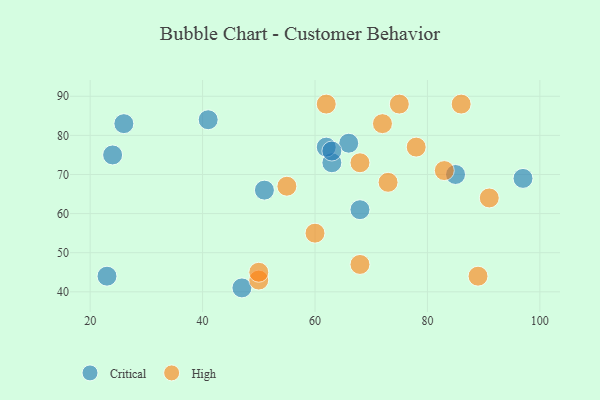
{"axis": {"x": "GDP", "y": "Life Expectancy"}, "legend": ["Critical", "High"], "data": [{"x": "68", "y": 61, "type": "Critical"}, {"x": "26", "y": 83, "type": "Critical"}, {"x": "63", "y": 73, "type": "Critical"}, {"x": "47", "y": 41, "type": "Critical"}, {"x": "41", "y": 84, "type": "Critical"}, {"x": "51", "y": 66, "type": "Critical"}, {"x": "66", "y": 78, "type": "Critical"}, {"x": "97", "y": 69, "type": "Critical"}, {"x": "24", "y": 75, "type": "Critical"}, {"x": "85", "y": 70, "type": "Critical"}, {"x": "62", "y": 77, "type": "Critical"}, {"x": "23", "y": 44, "type": "Critical"}, {"x": "63", "y": 76, "type": "Critical"}, {"x": "62", "y": 88, "type": "High"}, {"x": "78", "y": 77, "type": "High"}, {"x": "68", "y": 47, "type": "High"}, {"x": "55", "y": 67, "type": "High"}, {"x": "83", "y": 71, "type": "High"}, {"x": "68", "y": 73, "type": "High"}, {"x": "89", "y": 44, "type": "High"}, {"x": "50", "y": 43, "type": "High"}, {"x": "60", "y": 55, "type": "High"}, {"x": "72", "y": 83, "type": "High"}, {"x": "91", "y": 64, "type": "High"}, {"x": "50", "y": 45, "type": "High"}, {"x": "75", "y": 88, "type": "High"}, {"x": "73", "y": 68, "type": "High"}, {"x": "86", "y": 88, "type": "High"}]}